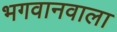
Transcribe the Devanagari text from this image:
भगवानवाला